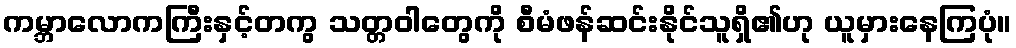
ကမ္ဘာလောကကြီးနှင့်တကွ သတ္တဝါတွေကို စီမံဖန်ဆင်းနိုင်သူရှိ၏ဟု ယူမှားနေကြပုံ။